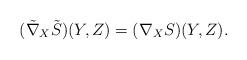
LaTeX: \begin{align*}(\tilde{\nabla}_{X}{\tilde{S}})(Y, Z)=(\nabla_{X}S)(Y, Z).\end{align*}